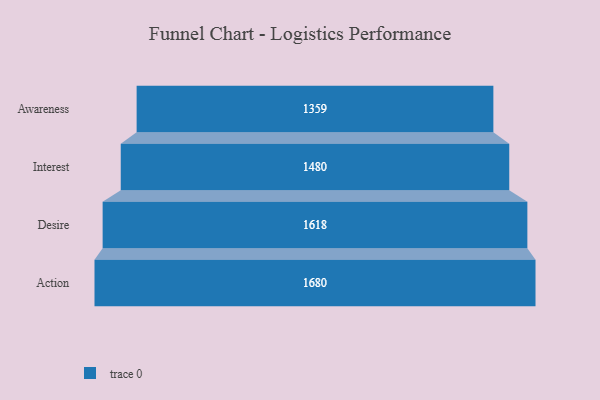
{"axis": {"x": "Stage", "y": "Value"}, "legend": [""], "data": [{"x": "Awareness", "y": 1359.0, "type": ""}, {"x": "Interest", "y": 1480.0, "type": ""}, {"x": "Desire", "y": 1618.0, "type": ""}, {"x": "Action", "y": 1680.0, "type": ""}]}